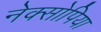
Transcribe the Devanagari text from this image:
नेक्सोपिया